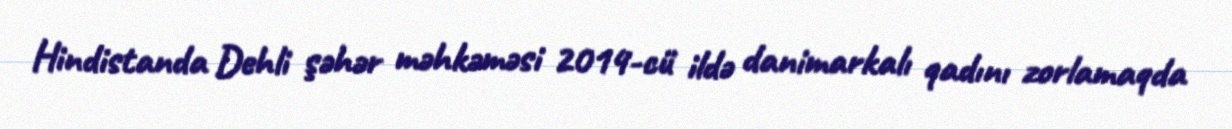
Hindistanda Dehli şəhər məhkəməsi 2014-cü ildə danimarkalı qadını zorlamaqda